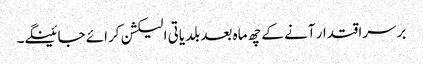
برسراقتدار آنے کے چھ ماہ بعد بلدیاتی الیکشن کرائے جائینگے۔